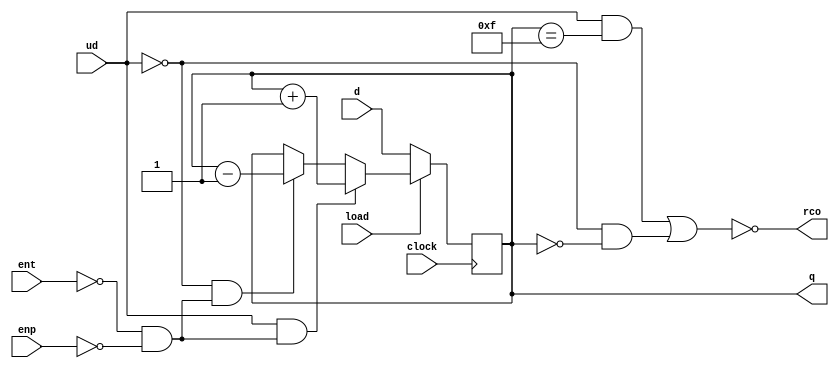
module ttl74x169(
    input clock,
    input load,  // active low
    input ud,  // count direction. Up on 1, down on 0
    input ent,  // carry in
    input enp,  // count enable
    input [3:0] d,
    output rco,  // carry out, active low
    output reg [3:0] q);

    reg enabled;

    assign enabled = ent == 0 && enp == 0;

    always @ (posedge clock) begin
        if (load == 0) begin
            q <= d;
        end else if (ud == 1 && enabled) begin
            q <= q + 1;
        end else if (ud == 0 && enabled) begin
            q <= q - 1;
        end else begin
            q <= q;
        end
    end

    assign rco = !((ud == 1 && q == 'b1111) || (ud == 0 && q == 'b0000));

endmodule